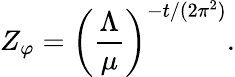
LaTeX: Z_{\varphi}=\left(\frac{\Lambda}{\mu}\right)^{-t/(2\pi^{2})}.